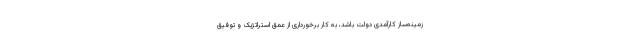
زمینه‌ساز کارآمدی دولت باشد، به کار برخورداری از عمق استراتژیک و توفیق